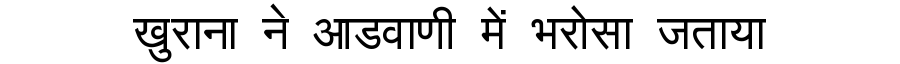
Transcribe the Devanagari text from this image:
खुराना ने आडवाणी में भरोसा जताया